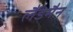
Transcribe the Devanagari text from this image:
लैंडमैन